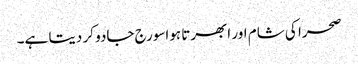
صحرا کی شام اور ابھرتا ہواسورج جادو کر دیتا ہے۔